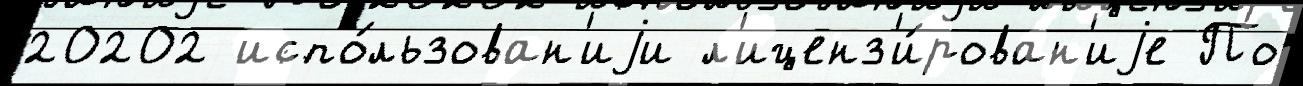
20202 испо́льзован'иjи л'иценз'и́рован'иjе По